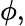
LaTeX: \phi,